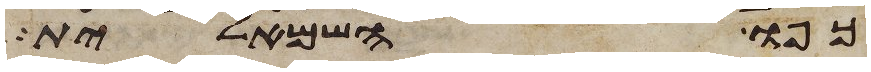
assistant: כפו השמאלית